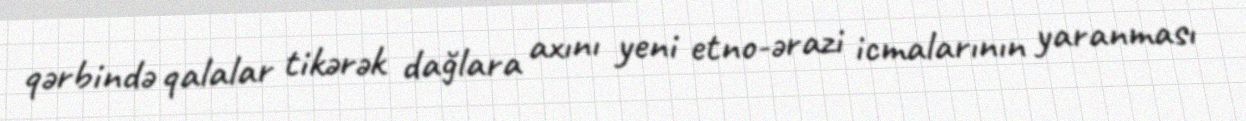
qərbində qalalar tikərək dağlara axını yeni etno-ərazi icmalarının yaranması